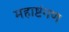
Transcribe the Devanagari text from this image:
महाष्टंगण